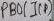
Text: PB0 (I(P)